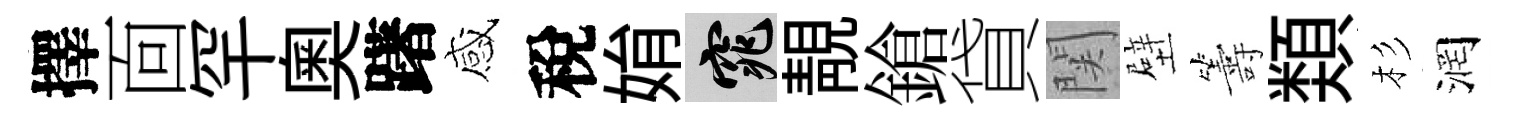
擇靣罕奥躇感稅姢窕靚鎗貸関壁籌𩔖杉润